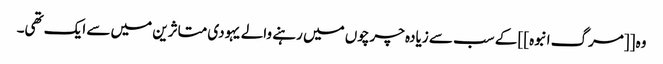
وہ [[مرگ انبوہ]] کے سب سے زیادہ چرچوں میں رہنے والے یہودی متاثرین میں سے ایک تھی۔